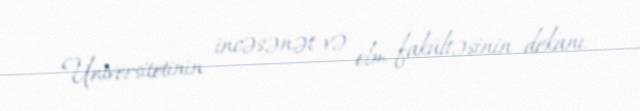
Universitetinin incəsənət və elm fakültəsinin dekanı.